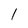
Character: l